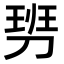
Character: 𠞢